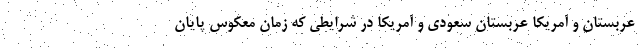
عربستان و آمریکا عربستان سعودی و آمریکا در شرایطی که زمان معکوس پایان